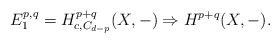
\begin{align*}E^{p,q}_1= H^{p+q}_{c,C_{d-p}}(X,-) \Rightarrow H^{p+q}(X,-). \end{align*}